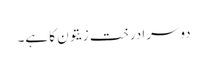
دوسرا درخت زیتون کا ہے۔